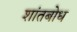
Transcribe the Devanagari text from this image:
शांतबोध